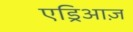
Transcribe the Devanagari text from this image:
एड्रिआज़